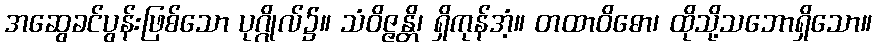
အဆွေခင်ပွန်းဖြစ်သော ပုဂ္ဂိုလ်၌။ သံဝိဇ္ဇန္တိ၊ ရှိကုန်အံ့။ တထာဝိဓော၊ ထိုသို့သဘောရှိသော။